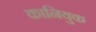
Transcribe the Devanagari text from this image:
कानियुक